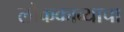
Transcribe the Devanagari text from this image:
लोककाव्याचा